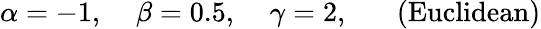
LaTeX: \alpha=-1,\; \; \; \; \beta=0.5,\; \; \; \; \gamma=2,\; \; \; \; \; \; (\mathrm{Euclidean})